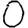
Digit: 0